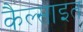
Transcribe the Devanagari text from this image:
कैल्साइत